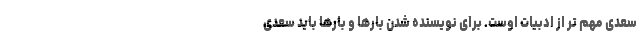
سعدی مهم تر از ادبیات اوست. برای نویسنده شدن بارها و بارها باید سعدی